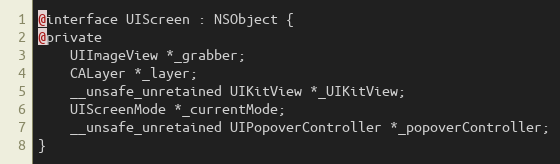
Language: C
@interface UIScreen : NSObject {
@private
    UIImageView *_grabber;
    CALayer *_layer;
    __unsafe_unretained UIKitView *_UIKitView;
    UIScreenMode *_currentMode;
    __unsafe_unretained UIPopoverController *_popoverController;
}